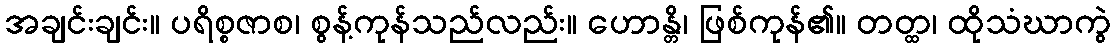
အချင်းချင်း။ ပရိစ္စဇာစ၊ စွန့်ကုန်သည်လည်း။ ဟောန္တိ၊ ဖြစ်ကုန်၏။ တတ္ထ၊ ထိုသံဃာကွဲ